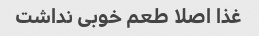
غذا اصلا طعم خوبی نداشت